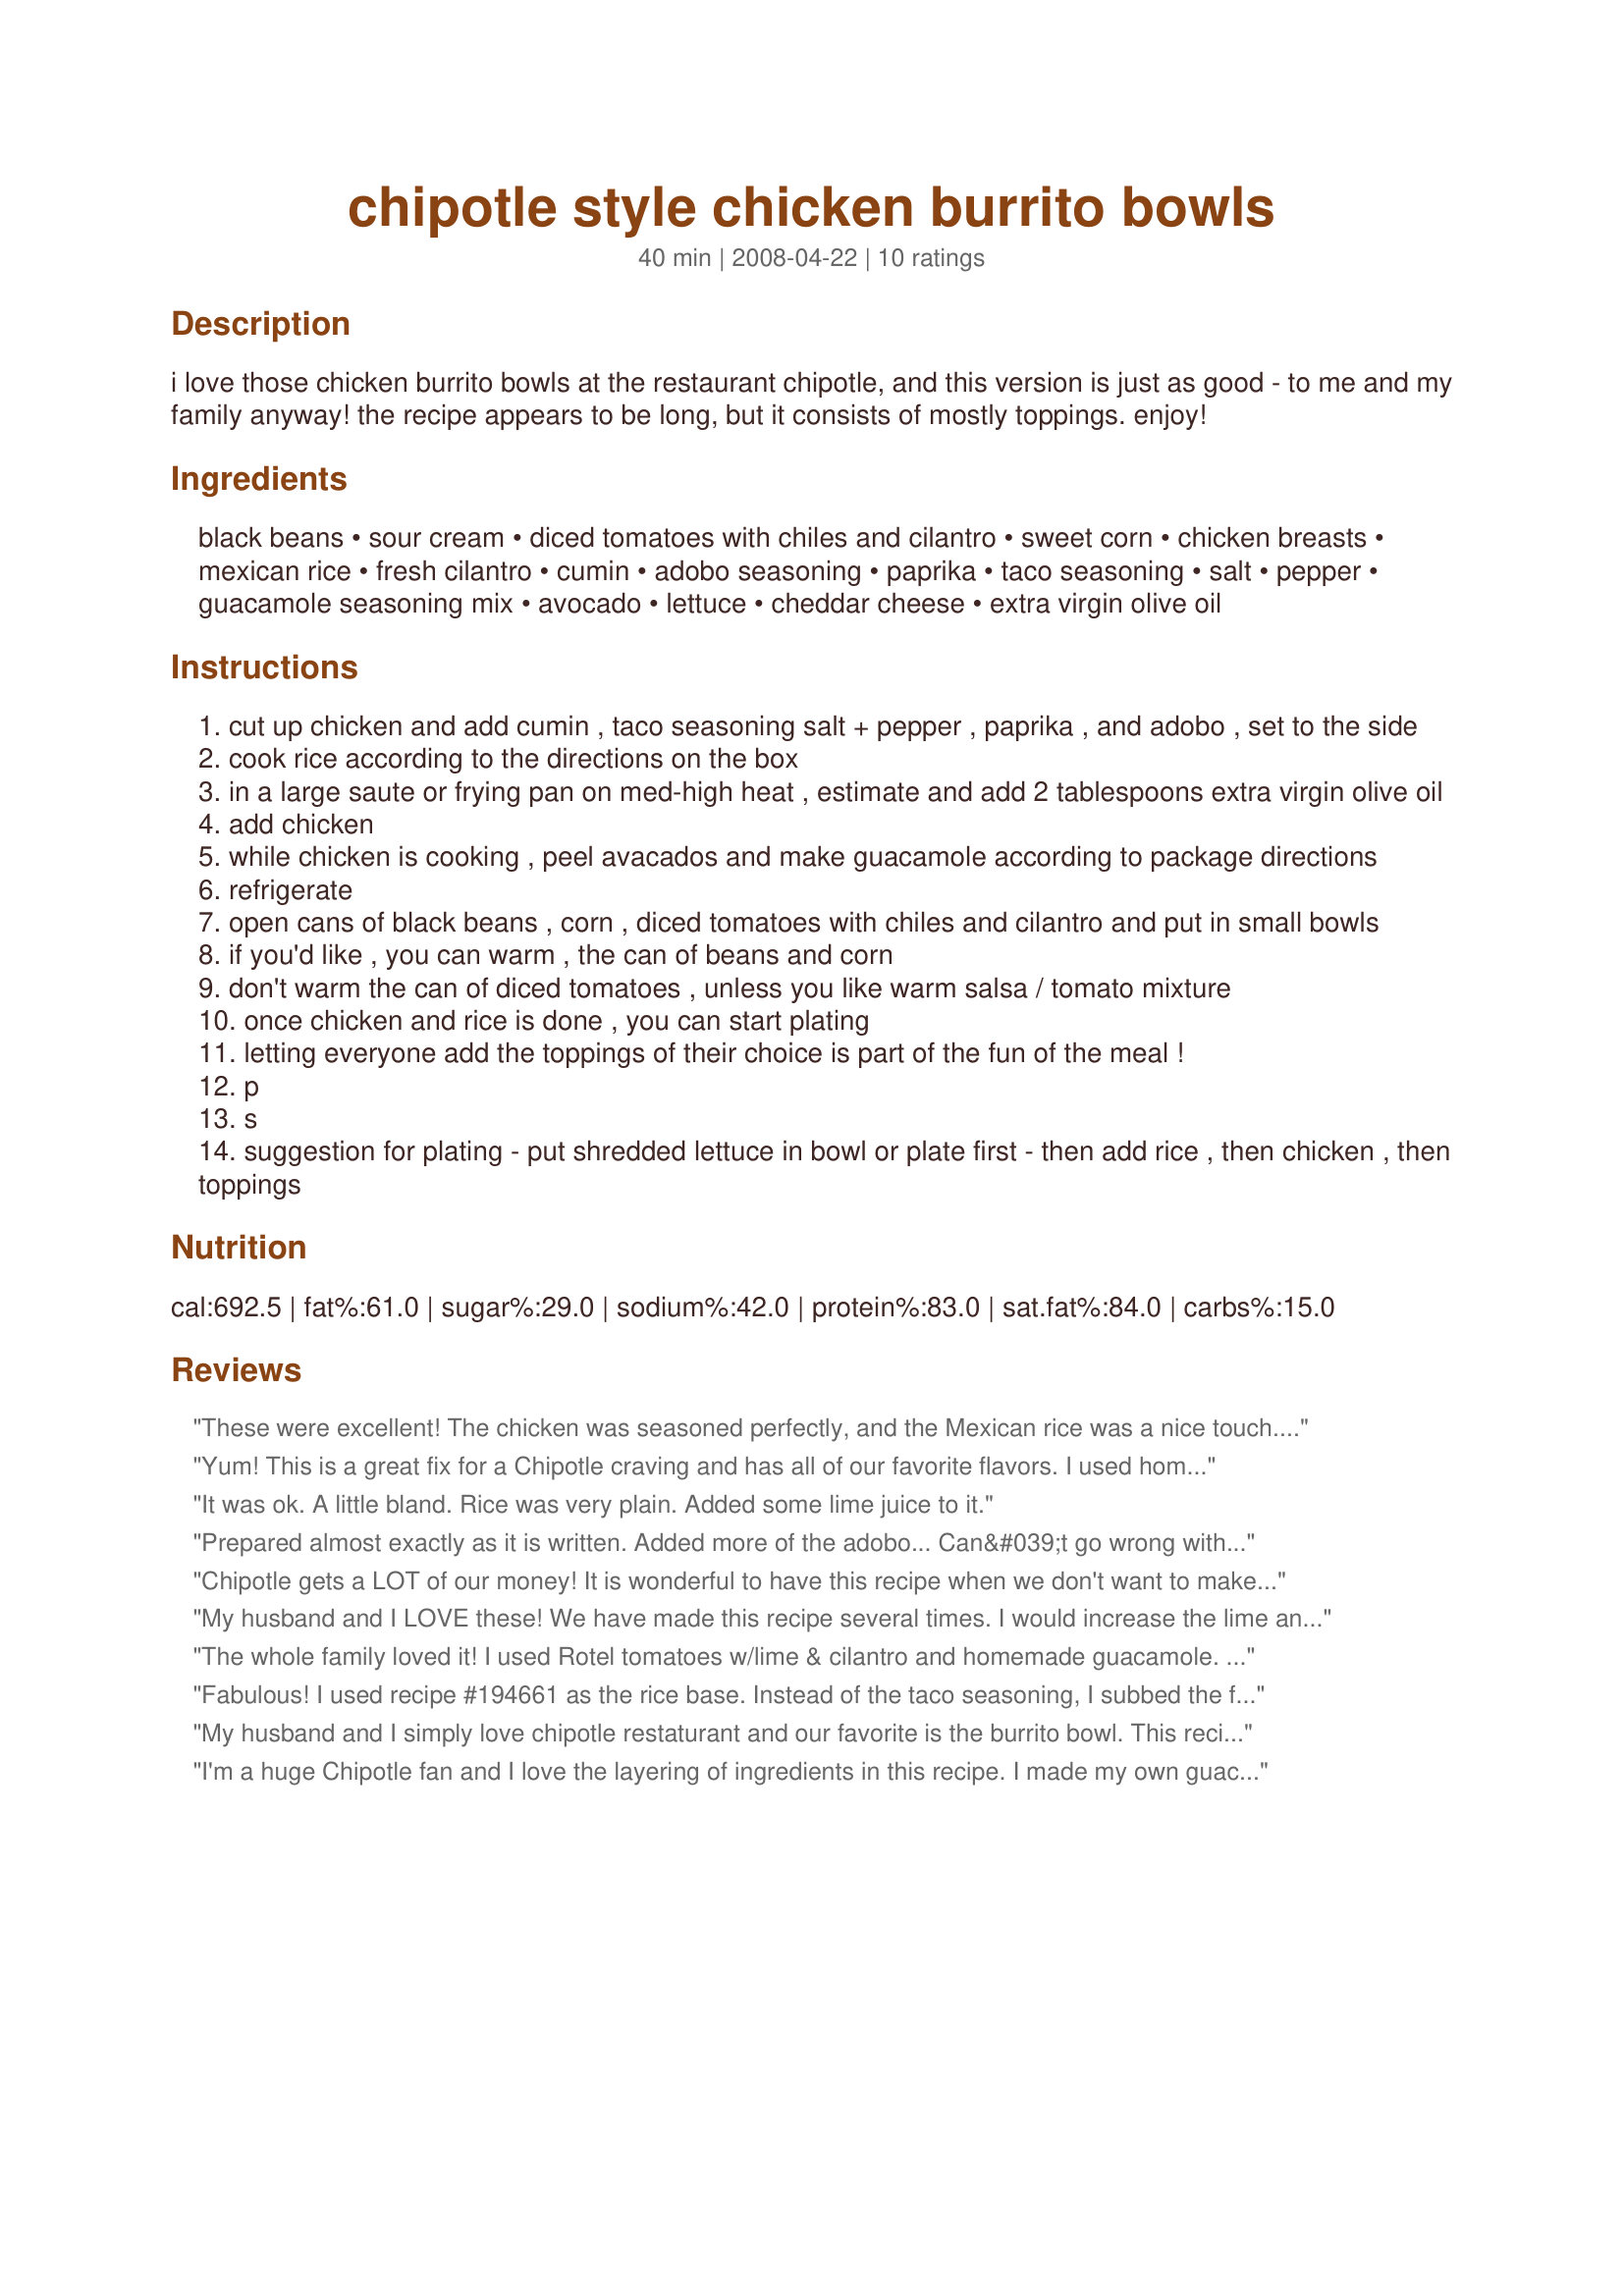
chipotle style chicken burrito bowls
Preparation time: 40 minutes

i love those chicken burrito bowls at the restaurant chipotle, and this version is just as good - to me and my family anyway! the recipe appears to be long, but it consists of mostly toppings. enjoy!

Ingredients:
black beans, sour cream, diced tomatoes with chiles and cilantro, sweet corn, chicken breasts, mexican rice, fresh cilantro, cumin, adobo seasoning, paprika, taco seasoning, salt, pepper, guacamole seasoning mix, avocado, lettuce, cheddar cheese, extra virgin olive oil

Steps:
cut up chicken and add cumin , taco seasoning salt + pepper , paprika , and adobo , set to the side
cook rice according to the directions on the box
in a large saute or frying pan on med-high heat , estimate and add 2 tablespoons extra virgin olive oil
add chicken
while chicken is cooking , peel avacados and make guacamole according to package directions
refrigerate
open cans of black beans , corn , diced tomatoes with chiles and cilantro and put in small bowls
if you'd like , you can warm , the can of beans and corn
don't warm the can of diced tomatoes , unless you like warm salsa / tomato mixture
once chicken and rice is done , you can start plating
letting everyone add the toppings of their choice is part of the fun of the meal !
p
s
suggestion for plating - put shredded lettuce in bowl or plate first - then add rice , then chicken , then toppings

Reviews:
These were excellent! The chicken was seasoned perfectly, and the Mexican rice was a nice touch. My kids loved choosing their own toppings and mixing everything up. I don't live near a Chipotle anymore (so sad!), so these brought back some delicious memories! Thanks so much!
Yum! This is a great fix for a Chipotle craving and has all of our favorite flavors. I used homemade guacamole. Thanks for sharing! Made for Best of 2011 Tag.
It was ok. A little bland. Rice was very plain. Added some lime juice to it.
Prepared almost exactly as it is written. Added more of the adobo... Can&#039;t go wrong with more. Lol. IT WAS AMAZING!!! I loved it. My husband loved it. Our son loved hit. Hit with the whole family. YUMMY
Chipotle gets a LOT of our money! It is wonderful to have this recipe when we don't want to make the trip out. I used plain brown rice, but will try it with some cilantro lime rice another time. It is very easy and we usually have the ingredients around. I did make my own pico de gallo and I think that takes it to another level. We will be making this frequently!
My husband and I LOVE these! We have made this recipe several times. I would increase the lime and cilantro in the rice - the first time we made it we really couldn't taste the cilantro & lime. Also, we couldn't find any ADOBO seasoning so we always leave it out. Next time, instead of using Rotel as a topping, I am going to make some homemade Pico de Gallo. Thanks for posting!
The whole family loved it! I used Rotel tomatoes w/lime & cilantro and homemade guacamole. I cut whole boneless skinless chicken breasts into nugget size pieces, placed in a plastic bag, and shook with the taco seasonings to coat. After sitting in the refrigerator for about 3 hours, I sauted until cooked through. The meat was very tender. This will go into my regular menu rotation.
Fabulous! I used recipe #194661 as the rice base. Instead of the taco seasoning, I subbed the full amount for recipe #442098. I, also, used my 16 yo's World Famous Never Written Down Guacamole. I may be able to sell this recipe to a competitor's restaurant chain and I'll put the proceeds towards my annuity or better yet, lottery tickets. Could be lucrative.
My husband and I simply love chipotle restaturant and our favorite is the burrito bowl. This recipe is so easy and the flavor is amazingly similar to the original from the chain. My husband kept saying how good it was on every bite.I added cilantro, olive oil, salt and lime juice to the rice. I also made the roasted chili corn to go with it. We had an amazing dinner. Thanks for the recipe.
I'm a huge Chipotle fan and I love the layering of ingredients in this recipe. I made my own guacamole. I did think that there was too much seasoning on the chicken. Maybe half the taco seasoning packet would have been perfect for us. I will try this again, making the adjustment. I used 4 boneless, skinless chicken breasts. Thank you for posting!
